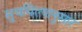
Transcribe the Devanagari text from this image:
सुचविल्यानुसार